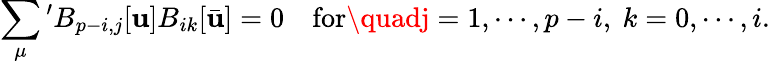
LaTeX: \sum_{\mu}{}^{\prime}B_{p-i,j}[\mathbf{u}]B_{ik}[\bar{{\mathbf{u}}}]=0\quad\mathrm{{for}}\quadj=1,\cdots,p-i,\ k=0,\cdots,i.